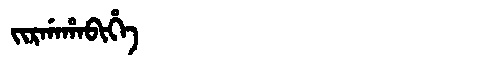
Manchu: ᠵᡳᡵᡤᠠᡥᠠᠪᡳᡥᡝ
Romanization: JIRGAHABIHE